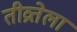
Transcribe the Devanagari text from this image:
तीव्रतेला